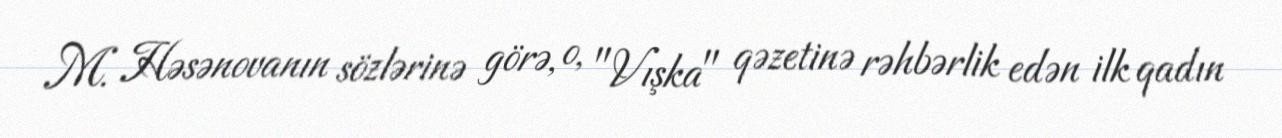
M. Həsənovanın sözlərinə görə, o, "Vışka" qəzetinə rəhbərlik edən ilk qadın